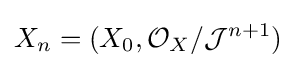
X_{n}=(X_{0},{\mathcal {O}}_{X}/{\mathcal {J}}^{n+1})